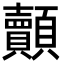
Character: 𮨢